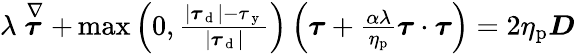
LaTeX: \begin{array}{r}{\lambda\stackrel{\nabla}{\boldsymbol{\tau}}+\operatorname*{max}\left(0,\frac{|\boldsymbol{\tau}_{\mathrm{~d~}}|-\tau_{\mathrm{~y~}}}{|\boldsymbol{\tau}_{\mathrm{~d~}}|}\right)\left(\boldsymbol{\tau}+\frac{\alpha\lambda}{\eta_{\mathrm{p}}}\boldsymbol{\tau}\cdot\boldsymbol{\tau}\right)=2\eta_{\mathrm{p}}\boldsymbol{D}}\end{array}